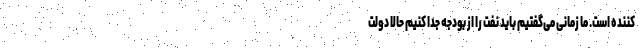
کننده است. ما زمانی می‌گفتیم باید نفت را از بودجه جدا کنیم حالا دولت